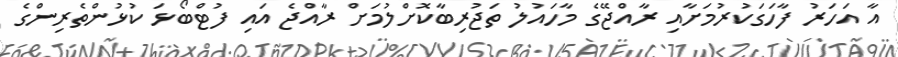
އާ އަހަރު ފާހަގަކުރުމަށާއި ރާއްޖޭގެ މާހައުލު ތަޖުރިބާކޮށްލުމަށް ރާއްޖެ އައި ފުޓްބޯޅަ ކުޅުންތެރިންގެ